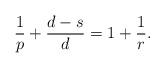
LaTeX: \begin{align*}\frac 1p+\frac{d-s}{d}=1+\frac 1r.\end{align*}